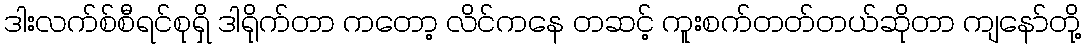
ဒါးလက်စ်စီရင်စုရှိ ဒါရိုက်တာ ကတော့ လိင်ကနေ တဆင့် ကူးစက်တတ်တယ်ဆိုတာ ကျနော်တို့